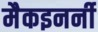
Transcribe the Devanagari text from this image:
मैकइनर्नी